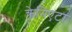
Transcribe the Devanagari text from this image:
क्रेनिएटा